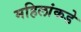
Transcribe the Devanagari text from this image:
महिलांकडे